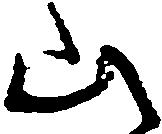
山